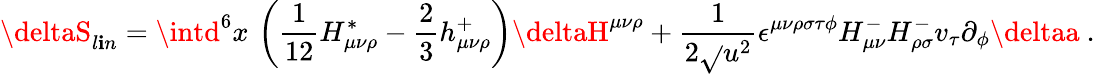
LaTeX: \deltaS_{l\mathbf{i}n}=\intd^{6}x\, \left(\frac{1}{{12}}H_{\mu\nu\rho}^{*}-\frac{2}{3}h_{\mu\nu\rho}^{+}\right)\deltaH^{\mu\nu\rho}+\frac{1}{{2\sqrt{}{{u^{2}}}}}\epsilon^{\mu\nu\rho\sigma\tau\phi}H_{\mu\nu}^{-}H_{\rho\sigma}^{-}v_{\tau}\partial_{\phi}\deltaa\ .